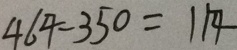
4 6 4 - 3 5 0 = 1 1 4